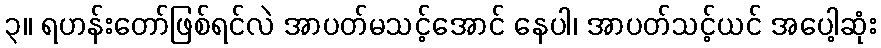
၃။ ရဟန်းတော်ဖြစ်ရင်လဲ အာပတ်မသင့်အောင် နေပါ၊ အာပတ်သင့်ယင် အပေါ့ဆုံး